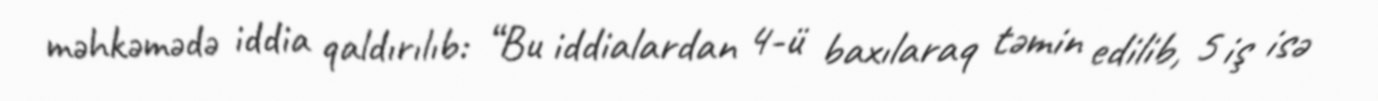
məhkəmədə iddia qaldırılıb: “Bu iddialardan 4-ü baxılaraq təmin edilib, 5 iş isə